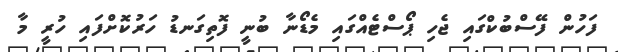
ފަހުން ފޭސްބުކްގައި ޖެހި ޕޯސްޓެއްގައި މެޑޯނާ ބުނީ ފޮތިގަނޑު ހަރުކޮށްފައި ހުރީ މާ